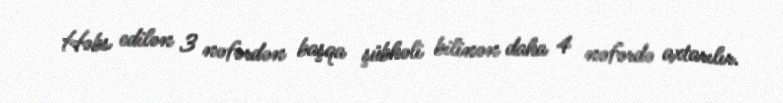
Həbs edilən 3 nəfərdən başqa şübhəli bilinən daha 4 nəfərdə axtarılır.